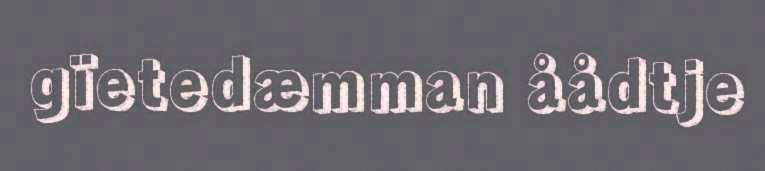
gïetedæmman åådtje